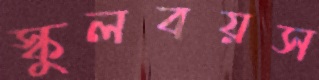
স্কুলবয়স